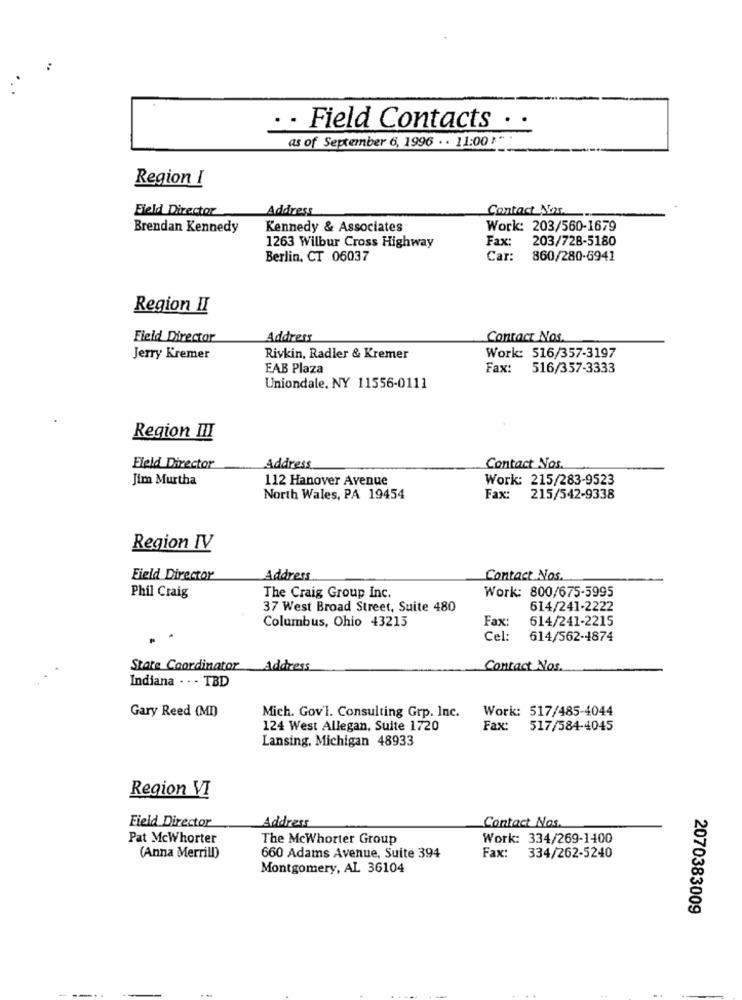
. . Field Contacts
..
as of September 6, 1996 . . 11:00 "
Region I
Field Director
Address
Contact Nos.
Brendan Kennedy
Kennedy & Associates
Work: 203/560-1679
Fax:
203/728-5180
1263 Wilbur Cross Highway
Berlin, CT 06037
Car: 860/280-6941
Region II
Field Director
Address
Contact Nos.
Jerry Kremer
Rivkin, Radler & Kremer
Work: 516/357-3197
FAB Plaza
Fax: 516/357-3333
Uniondale, NY 11556-0111
Region III
Field Director
Address
Contact Nos.
Jim Murtha
112 Hanover Avenue
Work: 215/283-9523
North Wales, PA 19454
Fax:
215/542-9338
Region IV
Field Director
Address
Contact Nos.
Work: 800/675-5995
Phil Craig
The Craig Group Inc.
37 West Broad Street, Suite 480
614/241-2222
Columbus, Ohio 43215
Fax:
614/241-2215
Cel:
614/562-1874
State Coordinator Address
Contact Nos.
Indiana . . - TBD
Work: 517/485-4044
Gary Reed (MI)
Mich. Gov'l. Consulting Grp. Inc.
124 West Allegan, Suite 1720
Fax: 517/584-4045
Lansing, Michigan 48933
Region VI
Address
Contact Nos.
Field Director
Pat Mcwhorter
The Mcwhorter Group
Work: 334/269-1400
(Anna Merrill)
660 Adams Avenue, Suite 394
Fax: 334/262-5240
Montgomery, AL 36104
2070383009